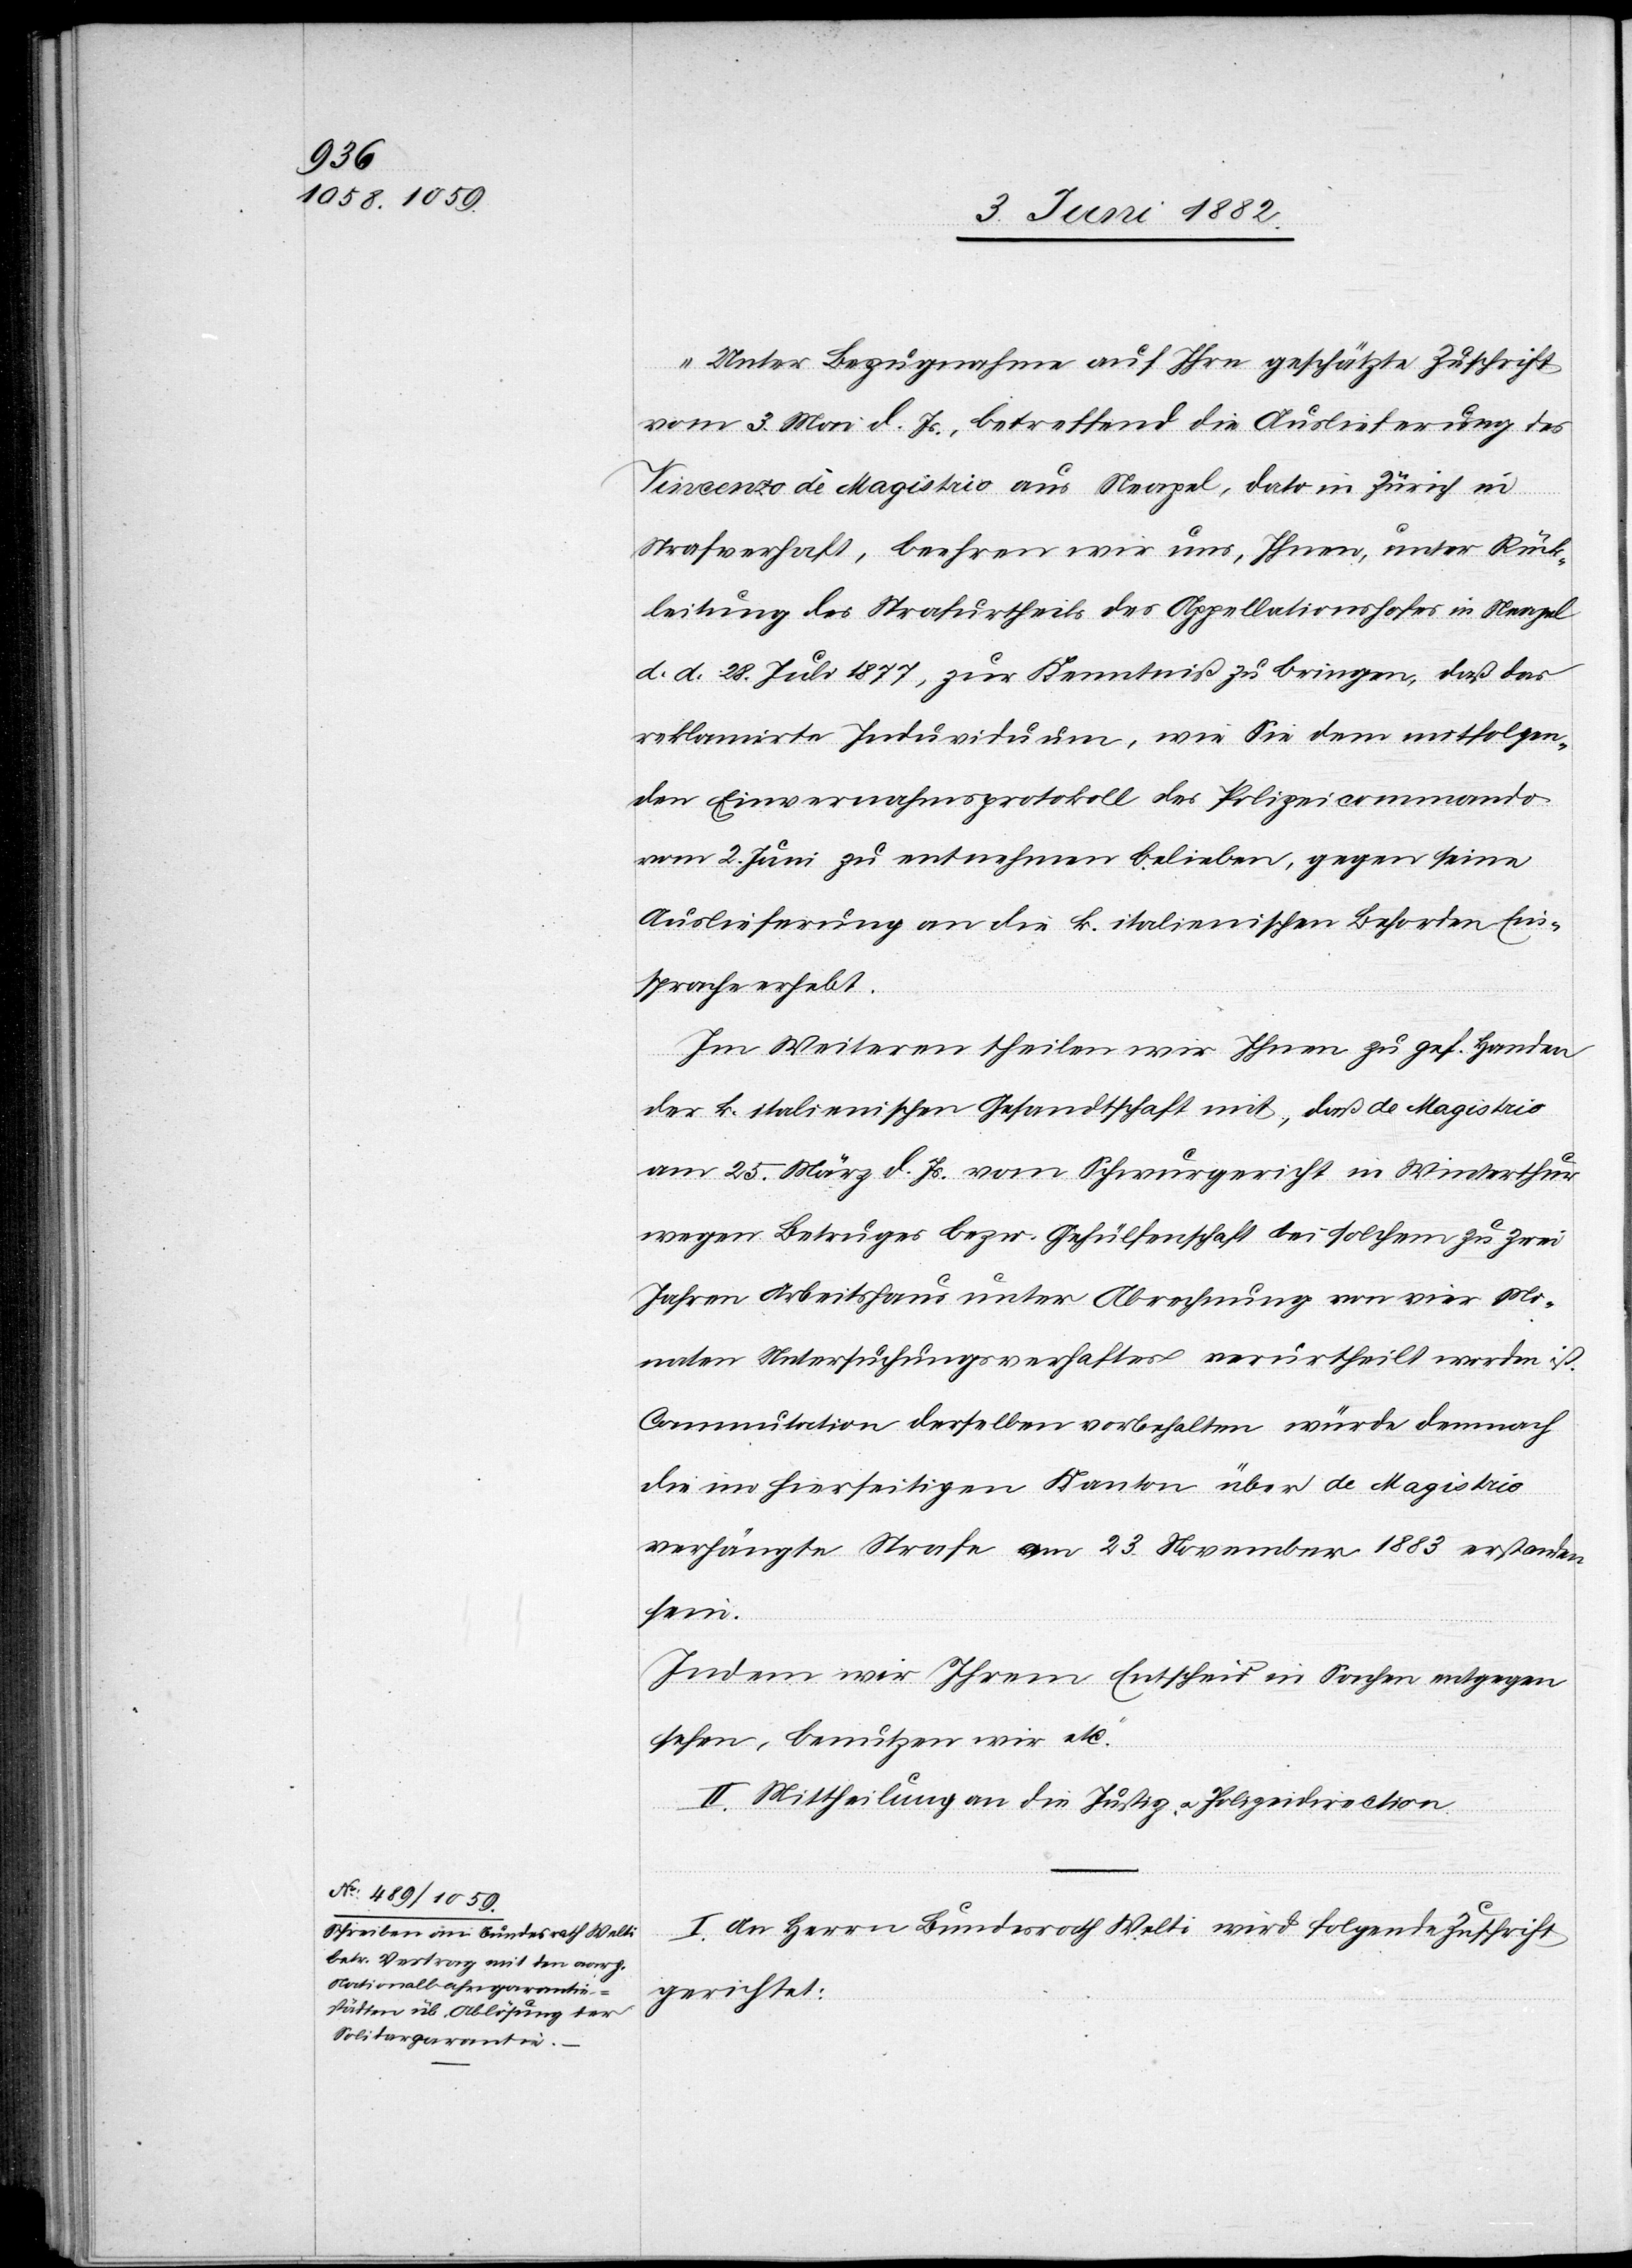
6. Juni 1882.]
„Unter Bezugnahme auf Ihre geschätzte Zuschrift
vom 3. Mai d. Js., betreffend die Auslieferung des
Vincenzo dè Magistrio [sic!] aus Neapel, dato in Zürich in
Strafverhaft, beehren wir uns, Ihnen, unter Rück¬
leitung des Strafurtheils des Appellationshofes in Neapel
d. d. 28. Juli 1877, zur Kenntniß zu bringen, daß das
reklamirte Individuum, wie Sie dem mitfolgen¬
den Einvernahmsprotokoll des Polizeicommando
vom 2. Juni zu entnehmen belieben, gegen seine
Auslieferung an die k. italienische Behörden Ein¬
sprache erhebt.
Im Weiteren theilen wir Ihnen zu gef. Handen
der k. italienischen Gesandtschaft mit, daß de Magistrio
am 25. März d. Js. vom Schwurgericht in Winterthur
wegen Betruges bezw. Gehülfschaft bei solchem zu zwei
Jahren Arbeitshaus unter Abrechnung von vier Mo¬
naten Untersuchungsverhaftes verurtheilt worden ist.
Commutation derselben vorbehalten würde demnach
die im hierseitigen Kanton über de Magistrio
verhängte Strafe am 23. November 1883 erstanden
sein.
Indem wir Ihrem Entscheid in Sachen entgegen
sehen, benutzen wir etc.“
II. Mittheilung an die Justiz- u. Polizeidirection.
I. An Herrn Bundesrath Welti wird folgende Zuschrift
gerichtet: